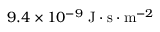
9 . 4 \times 1 0 ^ { - 9 } \mathrm { ~ J } \cdot \mathrm { s } \cdot \mathrm { m } ^ { - 2 }